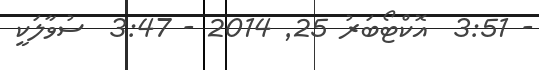
- 3:51  އޮކްޓޯބަރު 25